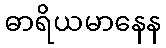
ဓာရိယမာနေန